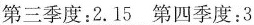
第三季度：2.15第四季度：3